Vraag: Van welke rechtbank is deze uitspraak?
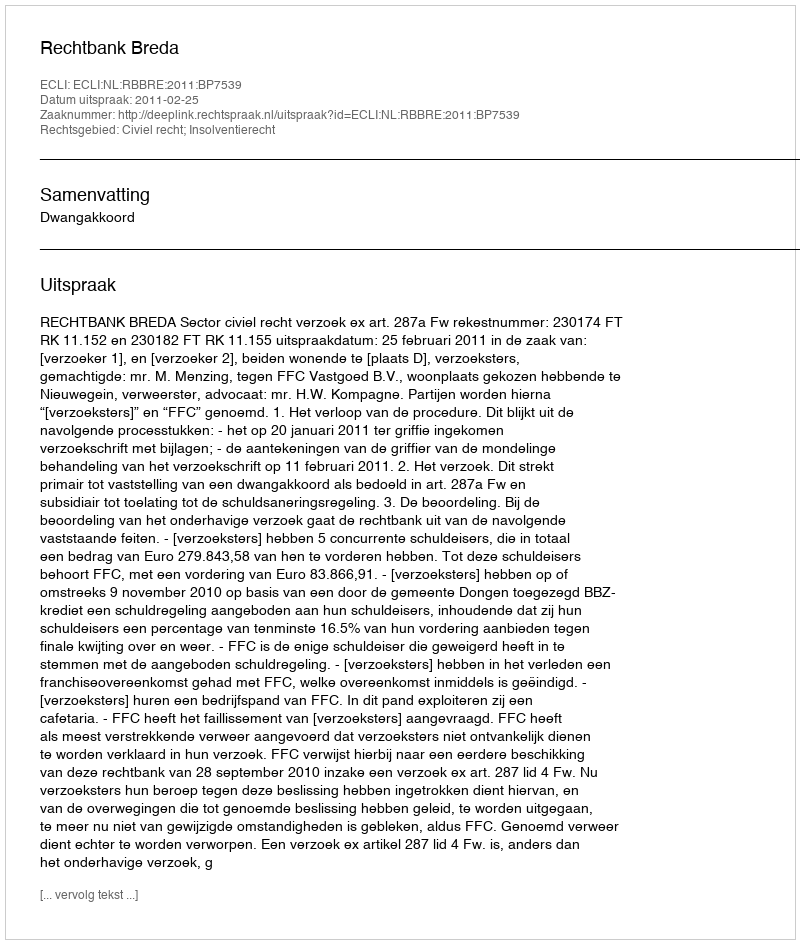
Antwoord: Rechtbank Breda